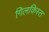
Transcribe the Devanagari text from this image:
गिलकिस्त